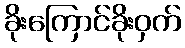
ခိုးကြောင်ခိုးဝှက်